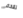
تقحم